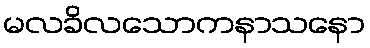
မလခိလသောကနာသနော